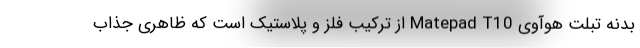
بدنه تبلت هوآوی Matepad T10 از ترکیب فلز و پلاستیک است که ظاهری جذاب